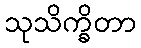
သုသိက္ခိတာ